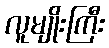
လူမျိုးကြီး